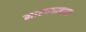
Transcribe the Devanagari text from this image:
मारण्याबद्दल